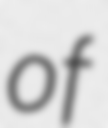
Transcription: of